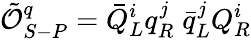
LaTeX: \tilde{\cal O}_{S-P}^{q}={\bar{Q}}_{L}^{i}q_{R}^{j}\; {\bar{q}}_{L}^{j}Q_{R}^{i}